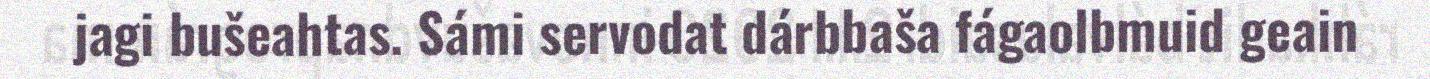
jagi bušeahtas. Sámi servodat dárbbaša fágaolbmuid geain